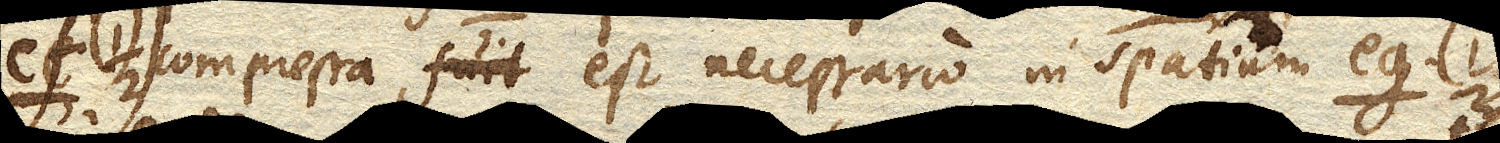
cf. compressa est necessario in spatium eg.